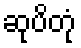
ဆုပိတုံ